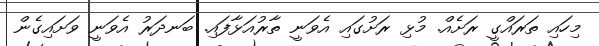
މިހައި ތަރައްގީ ރަށެއް. މުޅި ރަށުގައި އެވަނީ ތާރުއަޅާފައި. ބަނދަރު އެވަނީ ވަށައިގެން